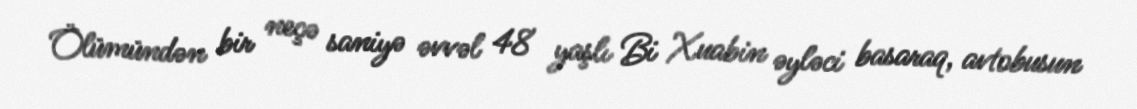
Ölümündən bir neçə saniyə əvvəl 48 yaşlı Bi Xuabin əyləci basaraq, avtobusun